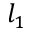
l _ { 1 }